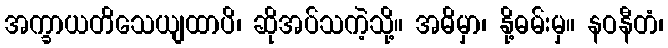
အက္ခာယတိသေယျထာပိ၊ ဆိုအပ်သကဲ့သို့။ အဓိမှာ၊ နို့ဓမ်းမှ။ နဝနီတံ၊